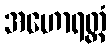
အဟောရတ္တံ